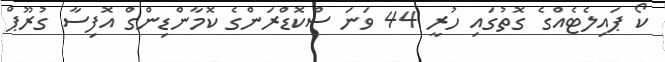
ކޯ ޕައިލެޓެއްގެ ގޮތުގައި ހުރީ 44 ވަނަ ސްކޮޑްރަންގެ ކޮމާންޑިންގް އޮފިސާ ގުރޫޕް